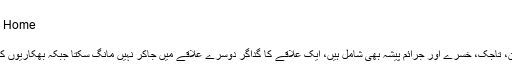
غربت کی انتہا - HTV Pakistan
Home > سچی کہانیاں > مضامین > غربت کی انتہا
11:26:00 PM سچی کہانیاں, مضامین
بھکاریوں میں خانہ بدوشوں کے علاوہ ، افغان، تاجک، خسرے اور جرائم پیشہ بھی شامل ہیں، ایک علاقے کا گداگر دوسرے علاقے میں جاکر نہیں مانگ سکتا جبکہ بھکاریوں کے اڈے لاکھوں روپے ٹھیکے پر بکتے ہیں ۔